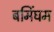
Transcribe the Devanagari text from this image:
बमिंघम